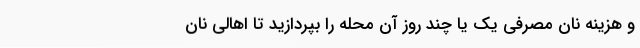
و هزینه نان مصرفی یک یا چند روز آن محله را بپردازید تا اهالی نان